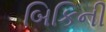
બિકિની